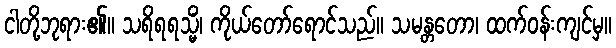
ငါတို့ဘုရား၏။ သရိရရသ္မိံ၊ ကိုယ်တော်ရောင်သည်။ သမန္တတော၊ ထက်ဝန်းကျင်မှ။